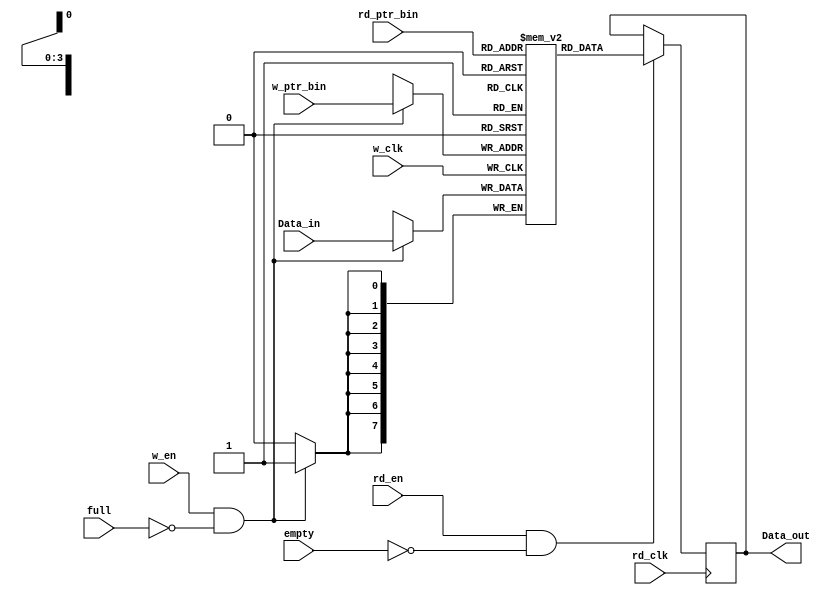
`timescale 1ns / 1ps
//////////////////////////////////////////////////////////////////////////////////
// Company: 
// Engineer: 
// 
// Design Name: 
// Module Name: FIFO_memory
// Project Name: 
// Target Devices: 
// Tool Versions: 
// Description: 
// 
// Dependencies: 
// 
// Revision:
// Revision 0.01 - File Created
// Additional Comments:
// 
//////////////////////////////////////////////////////////////////////////////////


module FIFO_memory #(
    parameter DATA_BITS = 8, NUM_BITS = 4, DEPTH = 16  
)
(
  input w_clk, w_en, rd_clk, rd_en,
  input [NUM_BITS-1:0] w_ptr_bin, rd_ptr_bin,
  input [DATA_BITS-1:0] Data_in,
  input full, empty,
  output reg [DATA_BITS-1:0] Data_out
    );
  reg [DATA_BITS-1:0] FIFO[0:DEPTH-1];
  
  always@(posedge w_clk) begin
    if(w_en & !full) begin
      FIFO[w_ptr_bin[NUM_BITS-1:0]] <= Data_in;
    end
  end
  
  always@(posedge rd_clk) begin
    if(rd_en & !empty) begin
      Data_out <= FIFO[rd_ptr_bin[NUM_BITS-1:0]];
    end
  end
  
endmodule